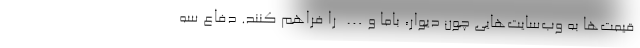
قیمت‌ها به وب‌سایت‌هایی چون دیوار، باما و… را فراهم کنند. دفاع سه